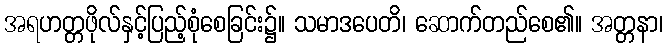
အရဟတ္တဖိုလ်နှင့်ပြည့်စုံစေခြင်း၌။ သမာဒပေတိ၊ ဆောက်တည်စေ၏။ အတ္တနာ၊